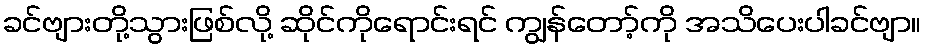
ခင်ဗျားတို့သွားဖြစ်လို့ ဆိုင်ကိုရောင်းရင် ကျွန်တော့်ကို အသိပေးပါခင်ဗျာ။